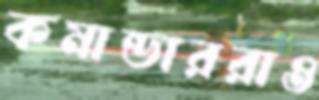
কমান্ডাররাও